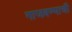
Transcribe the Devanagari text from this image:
गाजवण्याची